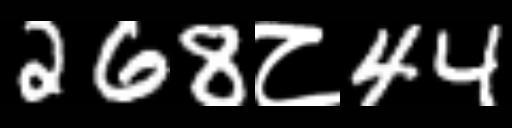
Text: 268८44